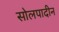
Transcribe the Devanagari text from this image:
सोलपादीन